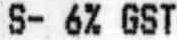
S- 6% GST